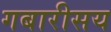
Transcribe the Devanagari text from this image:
गबारीसय